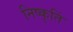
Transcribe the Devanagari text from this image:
निष्कृतिं